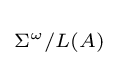
\scriptstyle \Sigma ^{\omega }/L(A)